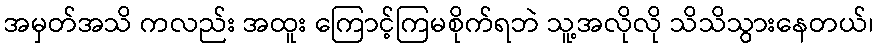
အမှတ်အသိ ကလည်း အထူး ကြောင့်ကြမစိုက်ရဘဲ သူ့အလိုလို သိသိသွားနေတယ်၊